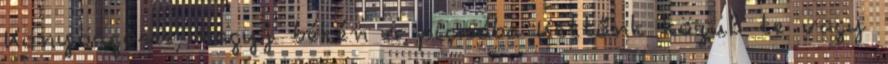
Könyörgöm, hagyj békén a picsába Kettőnk közül te vagy